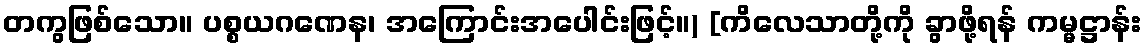
တကွဖြစ်သော။ ပစ္စယဂဏေန၊ အကြောင်းအပေါင်းဖြင့်။) [ကိလေသာတို့ကို ခွာဖို့ရန် ကမ္မဋ္ဌာန်း